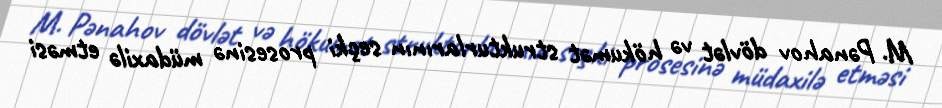
M. Pənahov dövlət və hökumət strukturlarının seçki prosesinə müdaxilə etməsi